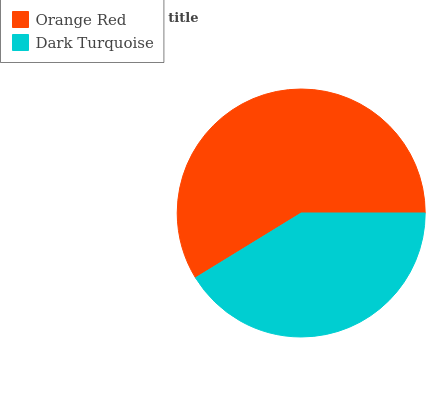
| Orange Red | Dark Turquoise |
 | --- | --- |
 | 58.8% | 41.2% |